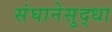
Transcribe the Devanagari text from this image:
संघानेसुद्धा